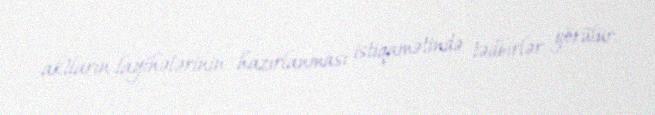
aktların layihələrinin hazırlanması istiqamətində tədbirlər görülür.